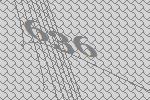
636